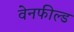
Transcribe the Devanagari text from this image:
वेनफील्ड